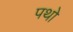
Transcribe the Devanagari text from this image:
पथो